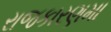
રાજકારણમા